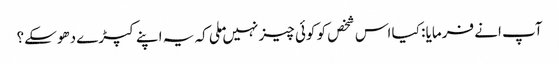
آپ انے فرمایا : کیا اس شخص کو کوئی چیز نہیں ملی کہ یہ اپنے کپڑے دھوسکے؟